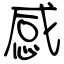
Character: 感